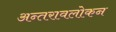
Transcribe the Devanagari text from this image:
अन्तरावलोकन